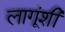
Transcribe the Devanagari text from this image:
लागूंशी